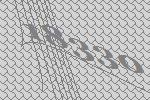
18330